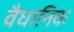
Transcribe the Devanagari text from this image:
वैघानिक